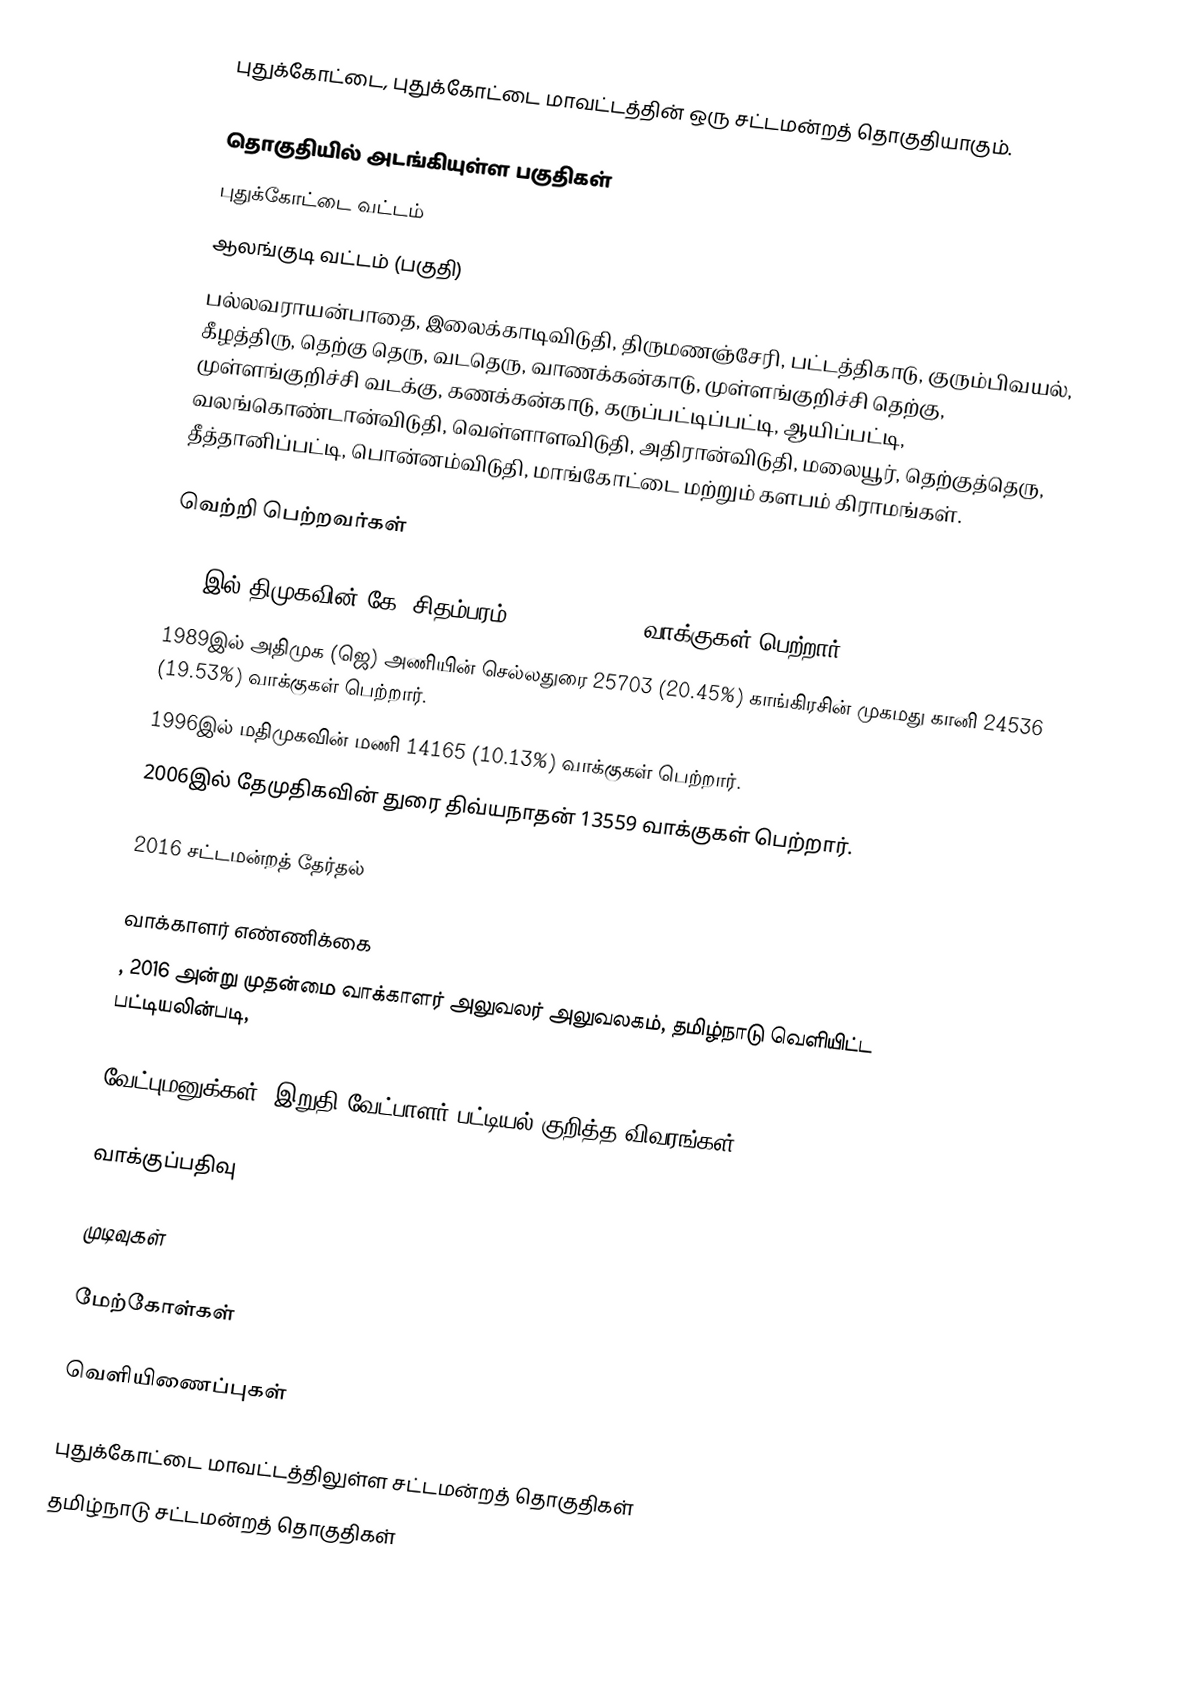
புதுக்கோட்டை, புதுக்கோட்டை மாவட்டத்தின் ஒரு சட்டமன்றத் தொகுதியாகும்.

தொகுதியில் அடங்கியுள்ள பகுதிகள்
புதுக்கோட்டை வட்டம்
ஆலங்குடி வட்டம் (பகுதி)
பல்லவராயன்பாதை, இலைக்காடிவிடுதி, திருமணஞ்சேரி, பட்டத்திகாடு, குரும்பிவயல், கீழத்திரு, தெற்கு தெரு, வடதெரு, வாணக்கன்காடு, முள்ளங்குறிச்சி தெற்கு, முள்ளங்குறிச்சி வடக்கு, கணக்கன்காடு, கருப்பட்டிப்பட்டி, ஆயிப்பட்டி, வலங்கொண்டான்விடுதி, வெள்ளாளவிடுதி, அதிரான்விடுதி, மலையூர், தெற்குத்தெரு, தீத்தானிப்பட்டி, பொன்னம்விடுதி, மாங்கோட்டை மற்றும் களபம் கிராமங்கள்.

வெற்றி பெற்றவர்கள்

1977இல் திமுகவின் கே. சிதம்பரம் 19217 (22.56%) வாக்குகள் பெற்றார்.
1989இல் அதிமுக (ஜெ) அணியின் செல்லதுரை 25703 (20.45%) காங்கிரசின் முகமது கானி 24536 (19.53%) வாக்குகள் பெற்றார்.
1996இல் மதிமுகவின் மணி 14165 (10.13%) வாக்குகள் பெற்றார்.
2006இல் தேமுதிகவின் துரை திவ்யநாதன் 13559 வாக்குகள் பெற்றார்.

2016 சட்டமன்றத் தேர்தல்

வாக்காளர் எண்ணிக்கை
, 2016 அன்று முதன்மை வாக்காளர் அலுவலர் அலுவலகம், தமிழ்நாடு வெளியிட்ட பட்டியலின்படி,

வேட்புமனுக்கள், இறுதி வேட்பாளர் பட்டியல் குறித்த விவரங்கள்

வாக்குப்பதிவு

முடிவுகள்

மேற்கோள்கள்

வெளியிணைப்புகள்

புதுக்கோட்டை மாவட்டத்திலுள்ள சட்டமன்றத் தொகுதிகள்
தமிழ்நாடு சட்டமன்றத் தொகுதிகள்